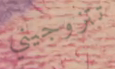
تتزوجيني